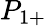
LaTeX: P_{1+}